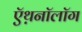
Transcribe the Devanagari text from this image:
ऍथ़नॉलॉग